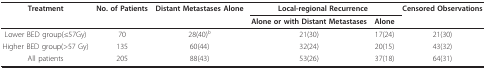
<table><thead><tr><td><b>Treatment</b></td><td><b>No. of Patients</b></td><td><b>Distant Metastases Alone</b></td><td colspan="2"><b>Local-regional Recurrence</b></td><td><b>Censored Observations</b></td></tr><tr><td></td><td></td><td></td><td><b>Alone or with Distant Metastases</b></td><td><b>Alone</b></td><td></td></tr></thead><tbody><tr><td>Lower BED group(≤57Gy)</td><td>70</td><td>28(40)<i><sup>b</sup></i></td><td>21(30)</td><td>17(24)</td><td>21(30)</td></tr><tr><td>Higher BED group(&gt;57 Gy)</td><td>135</td><td>60(44)</td><td>32(24)</td><td>20(15)</td><td>43(32)</td></tr><tr><td>All patients</td><td>205</td><td>88(43)</td><td>53(26)</td><td>37(18)</td><td>64(31)</td></tr></tbody></table>